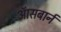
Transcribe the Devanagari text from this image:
ऑसबार्न